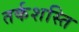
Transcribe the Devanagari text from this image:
तर्कशस्ति